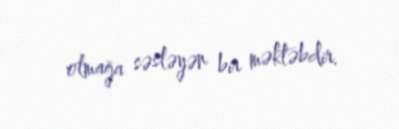
olmağa səsləyən bir məktəbdir.